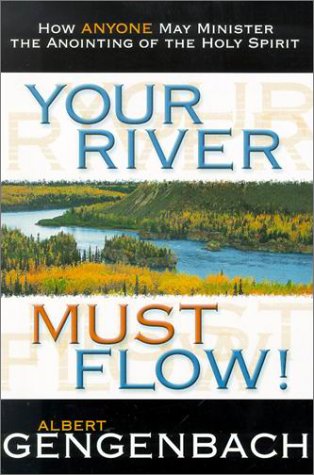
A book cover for Your River Must Flow!: How Anyone May Minister the Anointing of the Holy Spirit; Albert Gengenbach; Christian Books & Bibles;